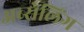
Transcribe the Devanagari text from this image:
अब्सेलिंग